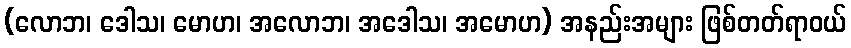
(လောဘ၊ ဒေါသ၊ မောဟ၊ အလောဘ၊ အဒေါသ၊ အမောဟ) အနည်းအများ ဖြစ်တတ်ရာဝယ်